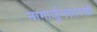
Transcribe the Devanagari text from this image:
नागार्जुनसारखी